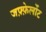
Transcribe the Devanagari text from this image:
जफ़्फ़ेर्लोट